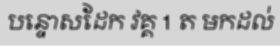
បន្ទោសដែក វគ្គ 1 ត មកដល់